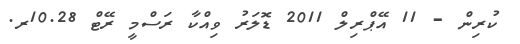
ކުރިން - 11 އޭޕްރިލް 2011 ޑޮލަރު ވިއްކާ ރަސްމީ ރޭޓް 10.28ރ.